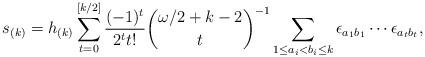
LaTeX: \begin{align*} s_{(k)}=h_{(k)}\sum_{t=0}^{[k/2]}\frac{(-1)^t}{2^t t!}{\omega/2+k-2\choose t}^{-1}\sum_{1\le a_i<b_i\le k}\epsilon_{a_1b_1}\cdots\epsilon_{a_tb_t},\end{align*}